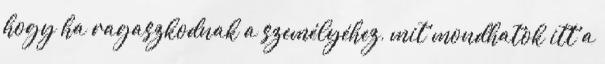
hogy ha ragaszkodnak a személyéhez, mit mondhatok itt a